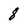
Character: 8